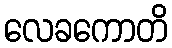
လေခကောတိ